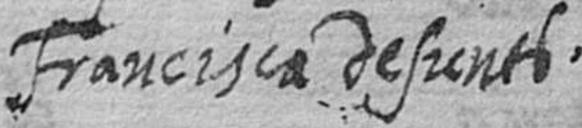
Francisca defunts